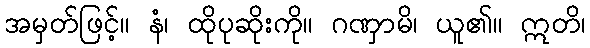
အမှတ်ဖြင့်။ နံ၊ ထိုပုဆိုးကို။ ဂဏှာမိ၊ ယူ၏။ ဣတိ၊